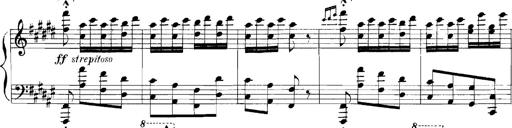
Title: Rhapsodies hongroises
Composer: Franz Liszt